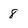
Character: 8